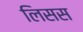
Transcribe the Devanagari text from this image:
लिसस